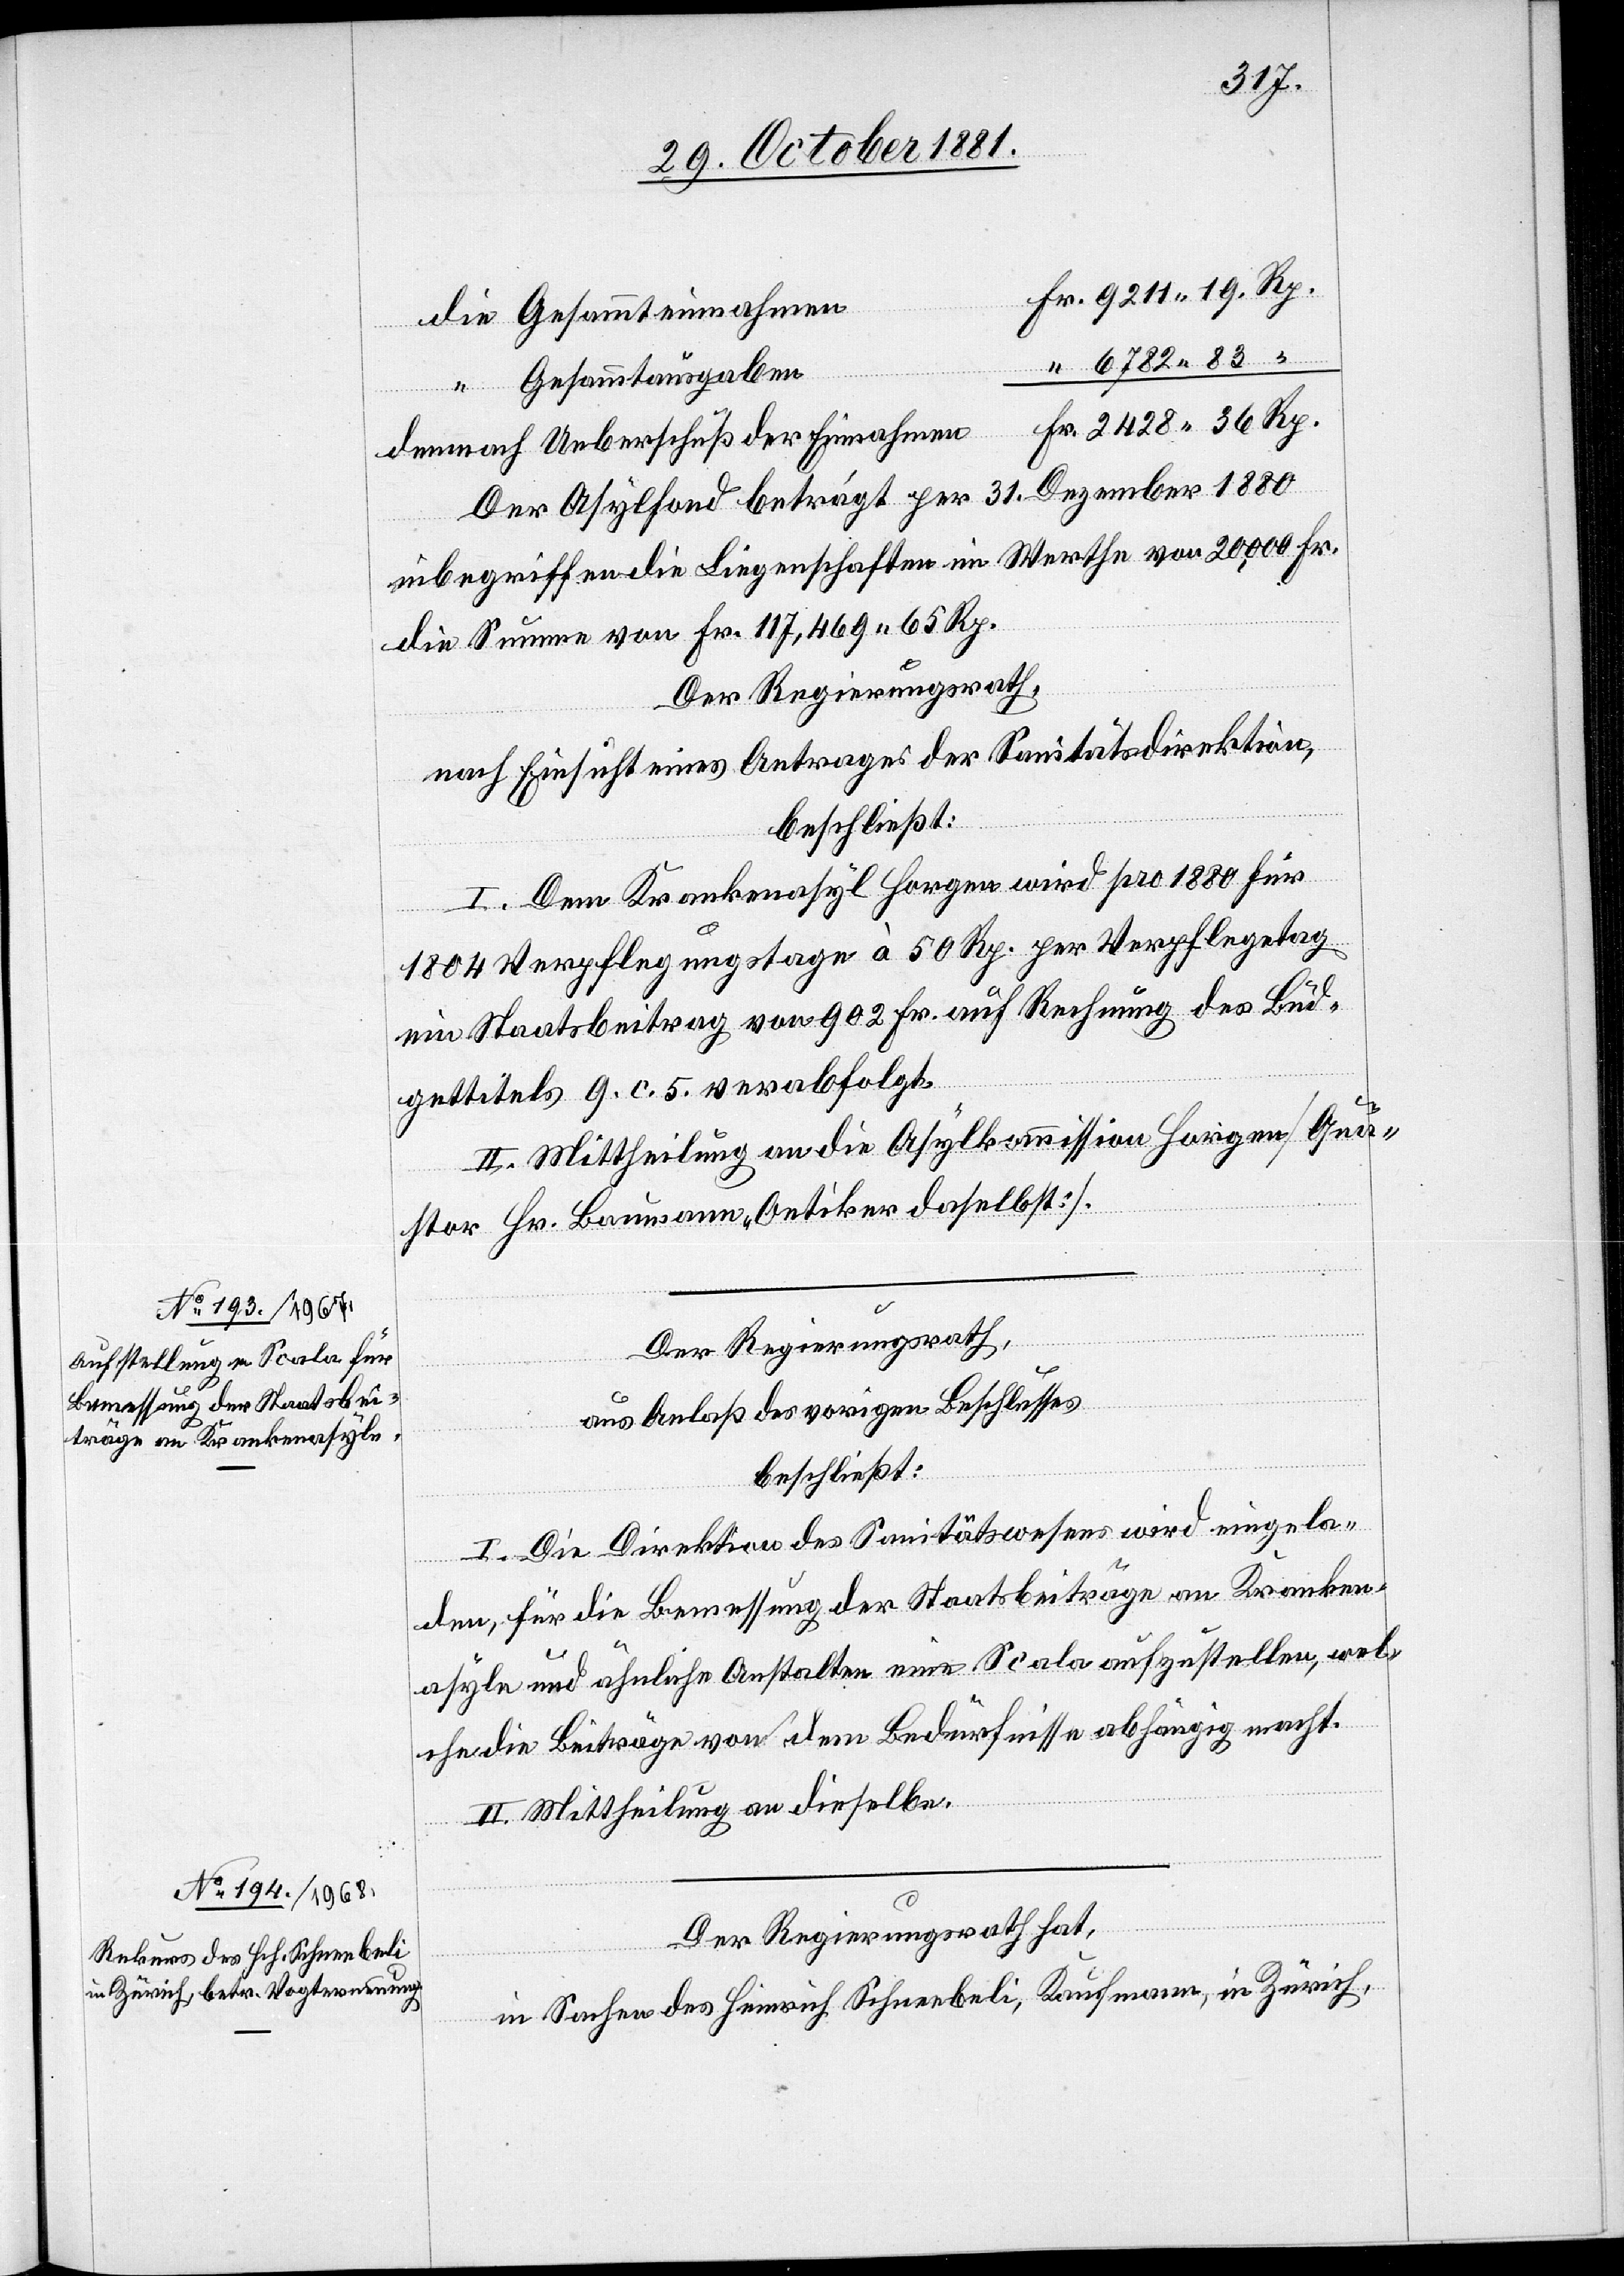
Fr. 9211 19 Rp.
die Gesammteinnahmen
“ 6782 83 “
“ Gesammtausgaben
Fr. 2428 36 Rp.
demnach Ueberschuß der Einnahmen
Der Asylfond beträgt per 31. Dezember 1880
inbegriffen die Liegenschaften im Werthe von 20,000 Fr.
die Summe von Fr. 117,469 65 Rp.
Der Regierungsrath,
nach Einsicht eines Antrages der Sanitätsdirektion,
beschließt:
I. Dem Krankenasyl Horgen wird pro 1880 für
1804 Verpflegungstage à 50 Rp. per Verpflegetag
ein Staatsbeitrag von 902 Fr. auf Rechnung des Büd¬
gettitels 9. c. 5. verabfolgt.
II. Mittheilung an die Asylkommission Horgen [Quä¬
stor Hr. Baumann Oetiker daselbst].
Der Regierungsrath,
aus Anlaß des vorigen Beschlusses
beschließt:
I. Die Direktion des Sanitätswesens wird eingela¬
den, für die Bemessung der Staatsbeiträge an Kranken¬
asyle und ähnliche Anstalten eine Scala aufzustellen, wel¬
che die Beiträge von dem Bedürfnisse abhängig macht.
II. Mittheilung an dieselbe.
Der Regierungsrath hat,
in Sachen des Heinrich Schneebeli, Kaufmann, in Zürich,